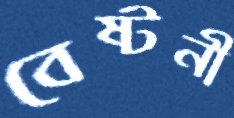
বেষ্টনী